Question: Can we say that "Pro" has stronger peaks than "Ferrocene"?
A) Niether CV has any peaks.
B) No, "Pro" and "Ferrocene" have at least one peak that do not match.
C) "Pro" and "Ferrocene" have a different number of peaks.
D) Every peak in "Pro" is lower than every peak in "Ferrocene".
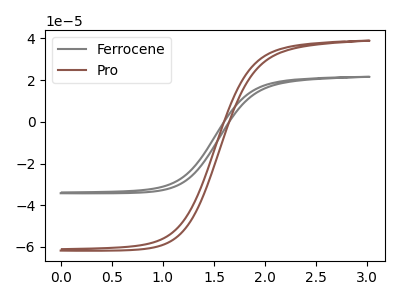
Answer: <think>The gray curve "Ferrocene" has no peaks. The brown curve "Pro" has no peaks.</think>
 <answer>A) Niether CV has any peaks.</answer>
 <eval>A</eval>